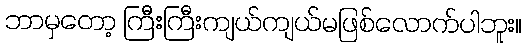
ဘာမှတော့ ကြီးကြီးကျယ်ကျယ်မဖြစ်လောက်ပါဘူး။